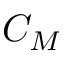
C _ { M }